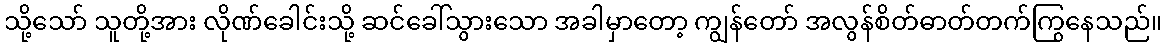
သို့သော် သူတို့အား လိုဏ်ခေါင်းသို့ ဆင်ခေါ်သွားသော အခါမှာတော့ ကျွန်တော် အလွန်စိတ်ဓာတ်တက်ကြွနေသည်။